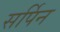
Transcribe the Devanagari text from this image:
सर्पिन